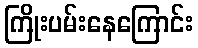
ကြိုးပမ်းနေကြောင်း